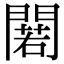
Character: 𨵫